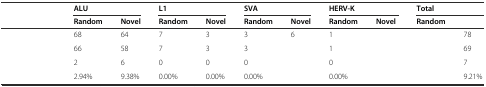
<table><thead><tr><td>[EMPTY_CELL]</td><td colspan="2"><b>ALU</b></td><td colspan="2"><b>L1</b></td><td colspan="2"><b>SVA</b></td><td colspan="2"><b>HERV-K</b></td><td colspan="2"><b>Total</b></td></tr><tr><td>[EMPTY_CELL]</td><td><b>Random</b></td><td><b>Novel</b></td><td><b>Random</b></td><td><b>Novel</b></td><td><b>Random</b></td><td><b>Novel</b></td><td><b>Random</b></td><td><b>Novel</b></td><td><b>Random</b></td><td>[EMPTY_CELL]</td></tr></thead><tbody><tr><td>[EMPTY_CELL]</td><td>68</td><td>64</td><td>7</td><td>3</td><td>3</td><td>6</td><td>1</td><td>[EMPTY_CELL]</td><td>[EMPTY_CELL]</td><td>78</td></tr><tr><td>[EMPTY_CELL]</td><td>66</td><td>58</td><td>7</td><td>3</td><td>3</td><td>[EMPTY_CELL]</td><td>1</td><td>[EMPTY_CELL]</td><td>[EMPTY_CELL]</td><td>69</td></tr><tr><td>[EMPTY_CELL]</td><td>2</td><td>6</td><td>0</td><td>0</td><td>0</td><td>[EMPTY_CELL]</td><td>0</td><td>[EMPTY_CELL]</td><td>[EMPTY_CELL]</td><td>7</td></tr><tr><td>[EMPTY_CELL]</td><td>2.94%</td><td>9.38%</td><td>0.00%</td><td>0.00%</td><td>0.00%</td><td>[EMPTY_CELL]</td><td>0.00%</td><td>[EMPTY_CELL]</td><td>[EMPTY_CELL]</td><td>9.21%</td></tr></tbody></table>